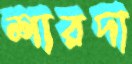
শারদা